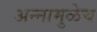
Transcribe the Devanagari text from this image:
अन्नामुळेच